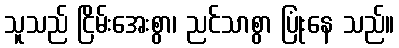
သူသည် ငြိမ်းအေးစွာ၊ ညင်သာစွာ ပြုံးနေ သည်။